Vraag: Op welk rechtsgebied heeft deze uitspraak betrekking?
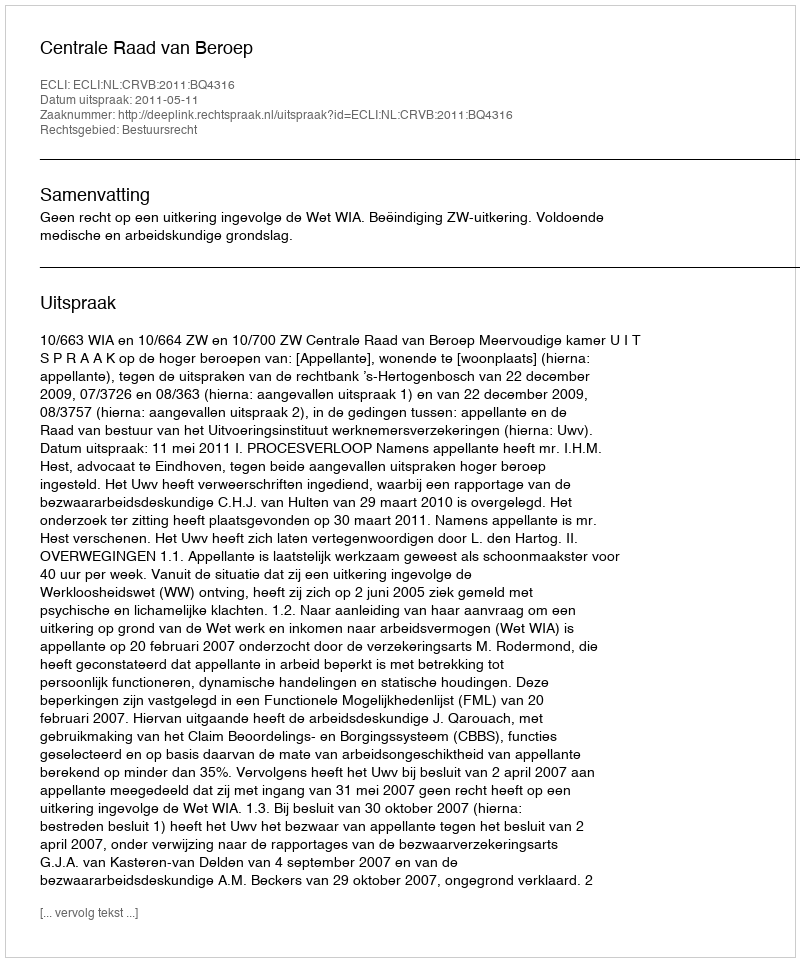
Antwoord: Bestuursrecht